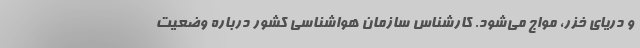
و دریای خزر، مواج می‌شود. کارشناس سازمان هواشناسی کشور درباره وضعیت